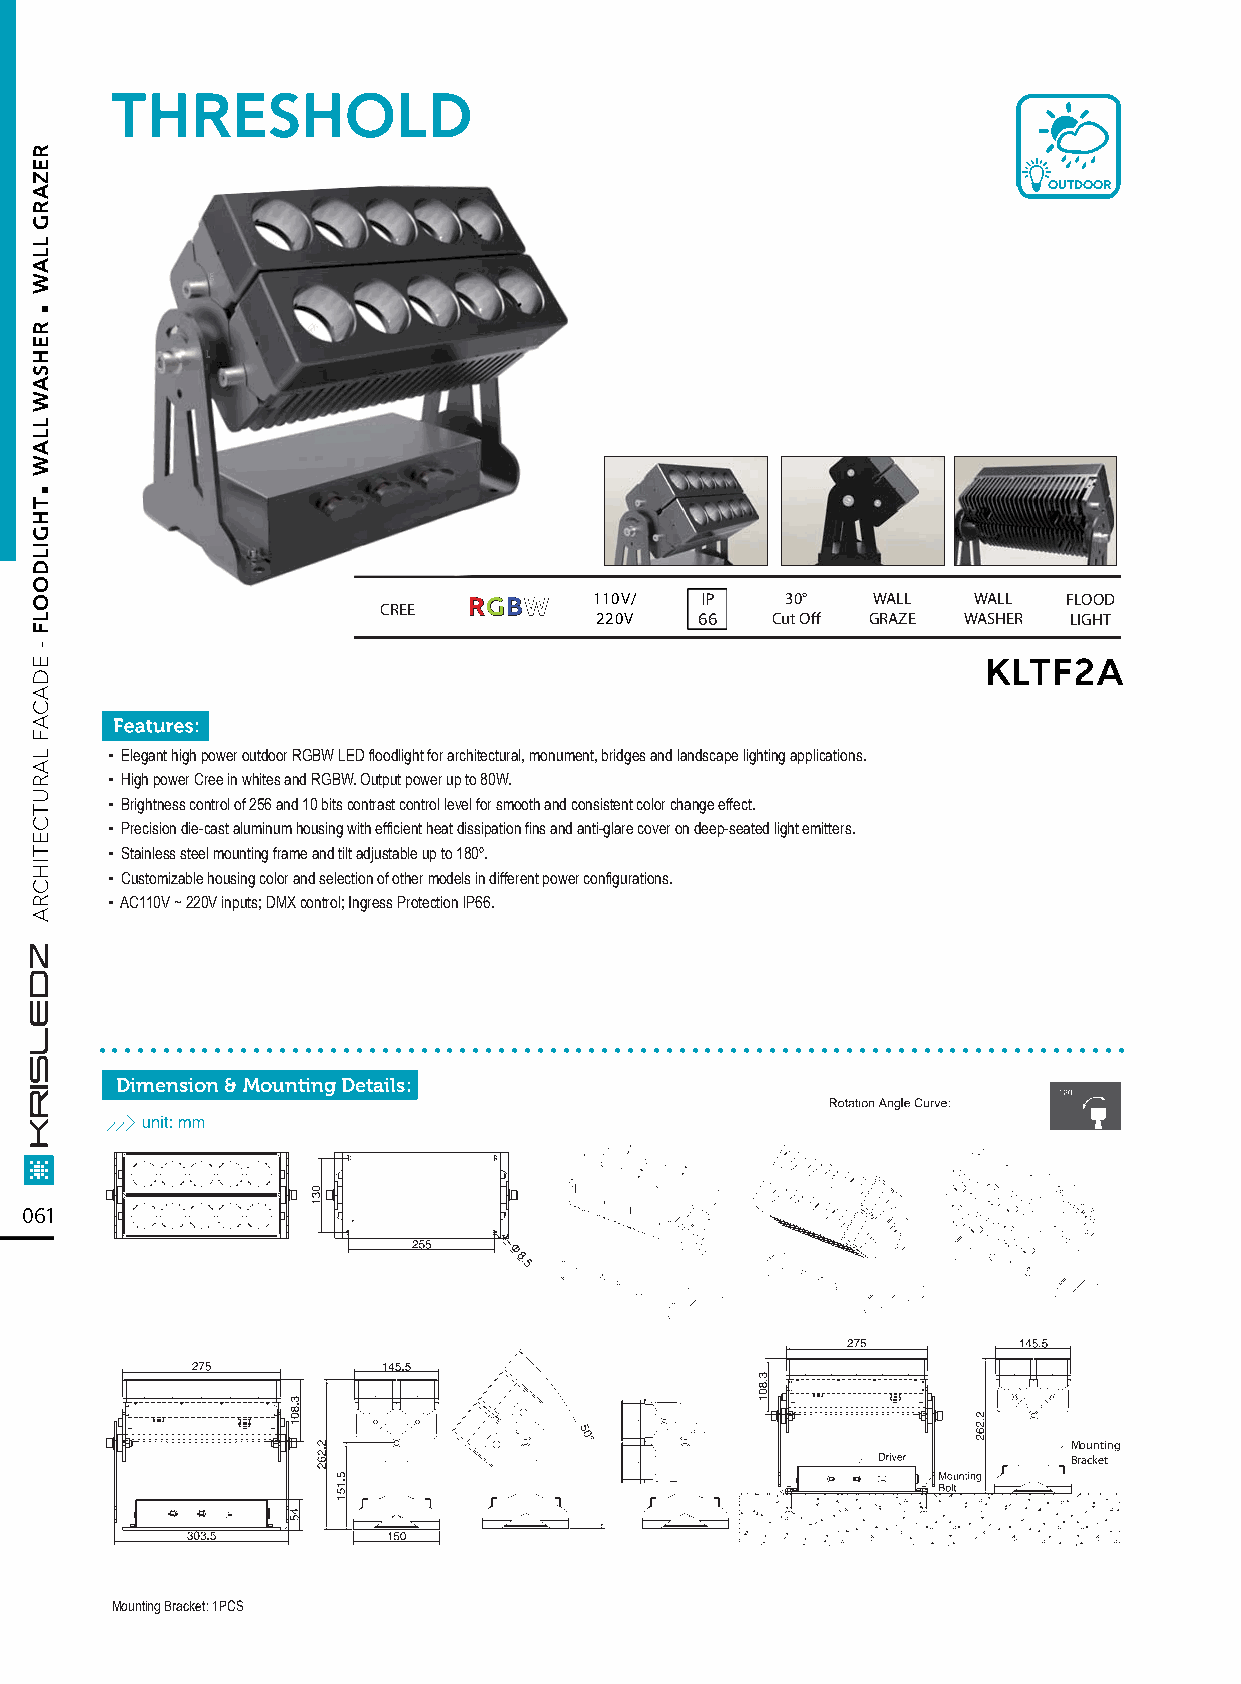
THRESHOLD
 OUTDOOR
 RRGGBBWW 110V/ IP    30°   WALL  WALL   FLOOD
 CREE
 220V   66   Cut Off GRAZE WASHER LIGHT
 KLTF2A
 ▪ Elegant high power outdoor RGBW LED floodlight for architectural, monument, bridges and landscape lighting applications.
 ▪ High power Cree in whites and RGBW. Output power up to 80W.
 ▪ Brightness control of 256 and 10 bits contrast control level for smooth and consistent color change effect.
 ▪ Precision die-cast aluminum housing with efficient heat dissipation fins and anti-glare cover on deep-seated light emitters.
 ▪ Stainless steel mounting frame and tilt adjustable up to 180º.
 ▪ Customizable housing color and selection of other models in different power configurations.
 ▪ AC110V ~ 220V inputs; DMX control; Ingress Protection lP66.
 ................................................................................
 Dimension & Mounting Details:
 061
 Mounting
 Bracket
 Mounting Bracket: 1PCS
 .
 .
 REZARG
 LLAW
 REHSAW
 LLAW
 THGILDOOLF
 -
 EDACAF
 LARUTCETIHCRA